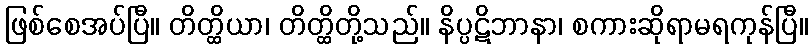
ဖြစ်စေအပ်ပြီ။ တိတ္ထိယာ၊ တိတ္ထိတို့သည်။ နိပ္ပဋိဘာနာ၊ စကားဆိုရာမရကုန်ပြီ။